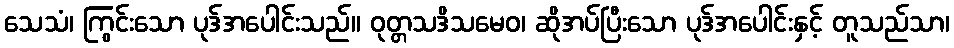
သေသံ၊ ကြွင်းသော ပုဒ်အပေါင်းသည်။ ဝုတ္တသဒိသမေဝ၊ ဆိုအပ်ပြီးသော ပုဒ်အပေါင်းနှင့် တူသည်သာ၊